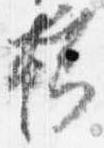
櫛